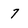
Character: 7